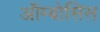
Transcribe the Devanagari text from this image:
ऑम्बोसिस